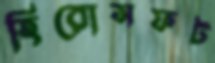
হিরোসফট